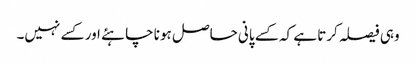
وہی فیصلہ کرتا ہے کہ کسے پانی حاصل ہونا چاہئے اور کسے نہیں۔